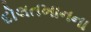
દોલતખાનના